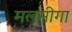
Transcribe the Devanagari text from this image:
मलमीगा